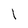
Character: l